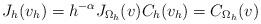
LaTeX: \begin{align*}J_{h}(v_{h})=h^{-\alpha }J_{\Omega _{h}}(v)C_{h}(v_{h})=C_{\Omega_{h}}(v) \end{align*}